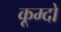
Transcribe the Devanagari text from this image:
कूम्दो